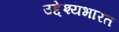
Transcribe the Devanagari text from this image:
उद्देश्यभारत